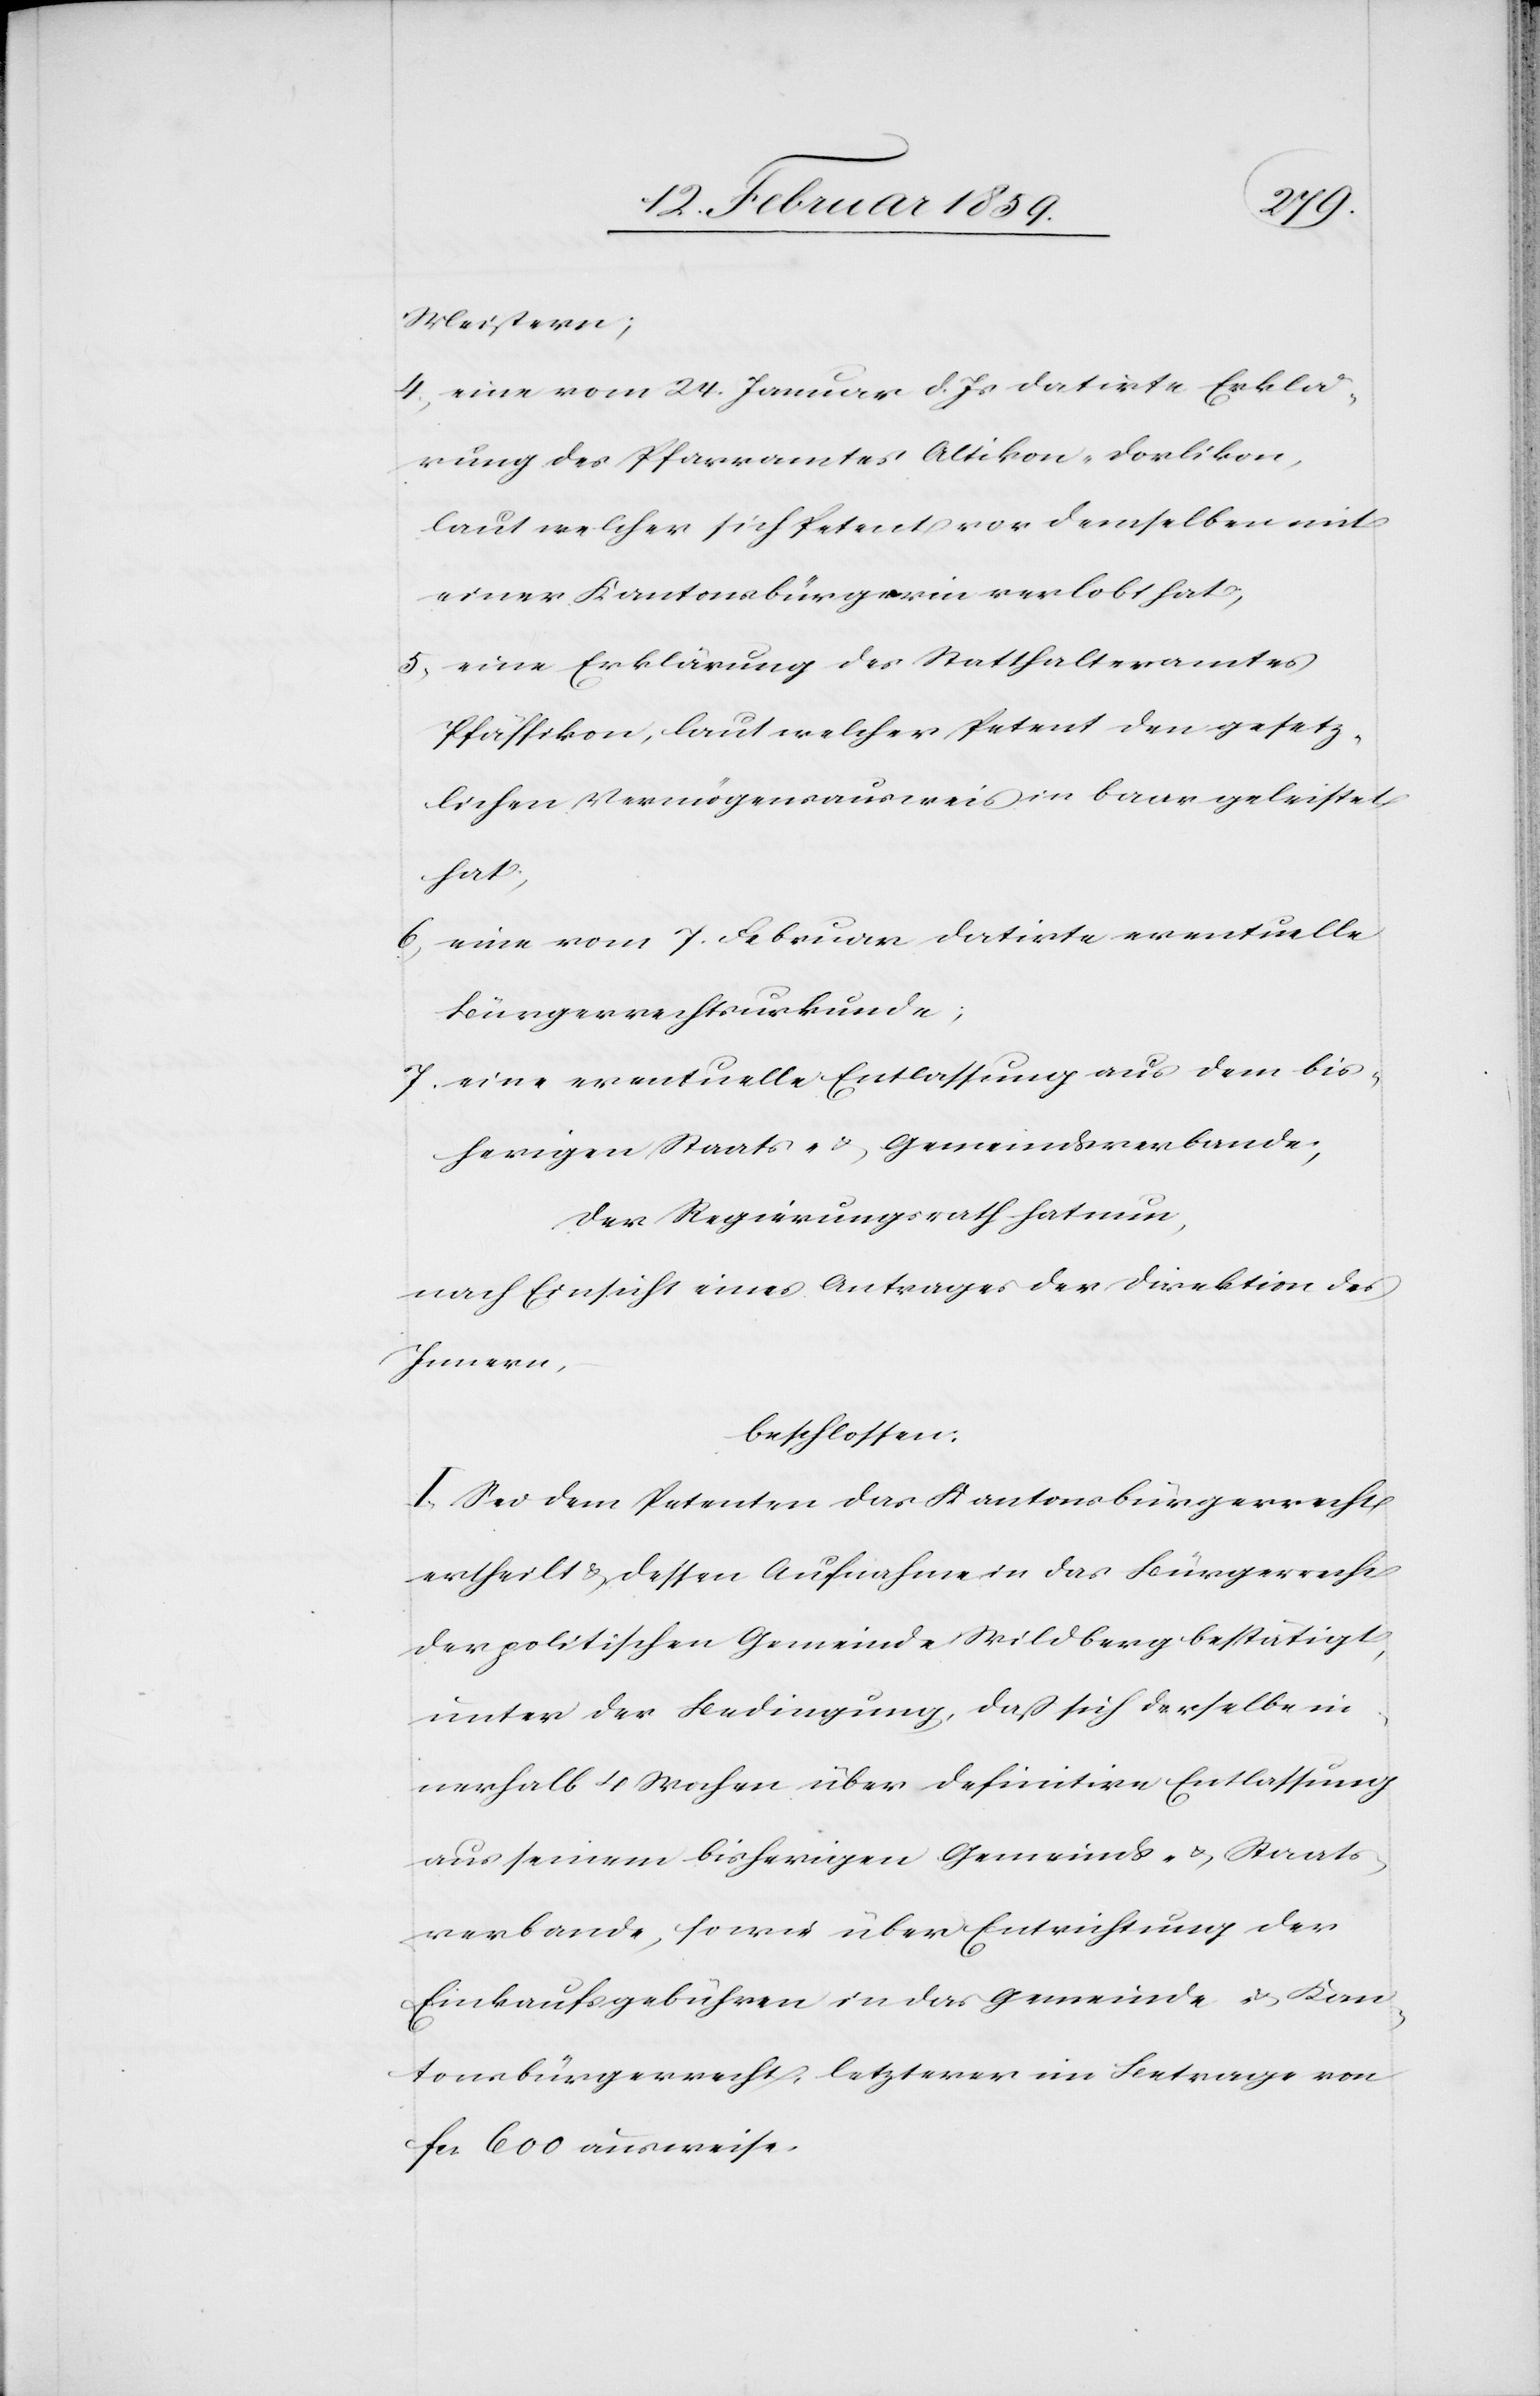
Meistern;
4, eine vom 24. Januar d. Js. datirte Erklä¬
rung des Pfarramtes Altikon-Dorlikon,
laut welcher sich Petent vor demselben mit
einer Kantonsbürgerin verlobt hat;
5, eine Erklärung des Statthalteramtes
Pfäffikon, laut welcher Petent den gesetz¬
lichen Vermögensausweis in baar geleistet
hat;
6, eine vom 7. Februar datirte eventuelle
Bürgerrechtsurkunde;
7. eine eventuelle Entlassung aus dem bis¬
herigen Staats- & Gemeindsverbande;
Der Regierungsrath hat nun,
nach Einsicht eines Antrages der Direktion des
Innern,
beschlossen:
I Sei dem Petenten das Kantonsbürgerrecht
ertheilt & dessen Aufnahme in das Bürgerrecht
der politischen Gemeinde Wildberg bestätigt,
unter der Bedingung, daß sich derselbe in¬
nerhalb 4 Wochen über definitive Entlassung
aus seinem bisherigen Gemeinds- & Staats¬
verbande, sowie über Entrichtung der
Einkaufsgebühren in das Gemeinde- & Kan¬
tonsbürgerrecht, letzterer [sic!] im Betrage von
fcs. 600 ausweise.